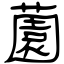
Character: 薗